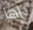
اها